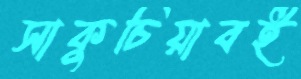
সাকুচিয়াবই